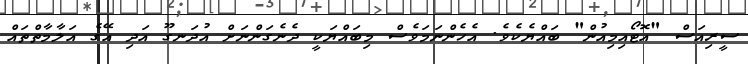
ސީރިއަސް "އޮޓޯއިމިއުން" ބައްޔެކެެވެ. އެހެންނަމަވެސް މިބައްޔަކީ ދެނެގަންނަށް އުދަނގޫ އަދި އޭގެ އަލާމާތްތައް